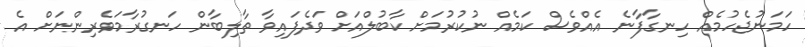
ހަމަނުޖެހުމެއް ހިނގާފާނެ އެއްވެސް ކަމެއް ނުކުރުމަށް ކާބުލްއަށް ވަދެފައިވާ ތާލިބާން ހަނގުރާމަވެރިންނަށް އެ